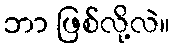
ဘာ ဖြစ်လို့လဲ။